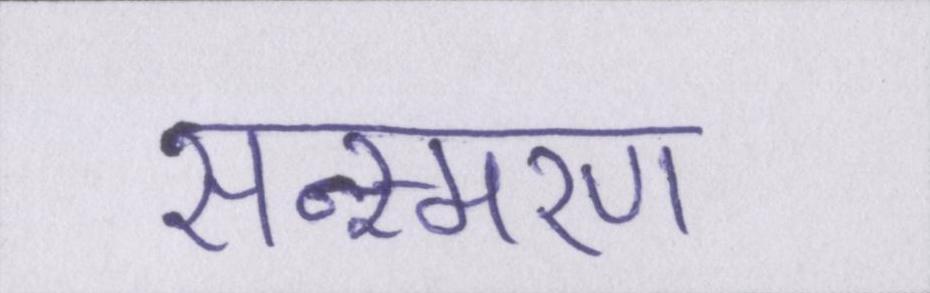
सन्स्मरण